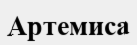
Артемиса